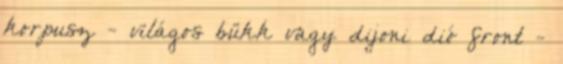
korpusz - világos bükk vagy dijoni dió front -